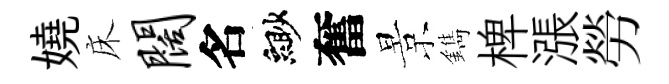
嬈床阔名緲奮景鐫椑漲勞